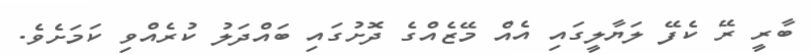
ބާރީ ރޭ ކެފޭ ލަޔާލީގައި އެއް މޭޒެއްގެ ދޮށުގައި ބައްދަލު ކުރެއްވި ކަމަށެވެ.